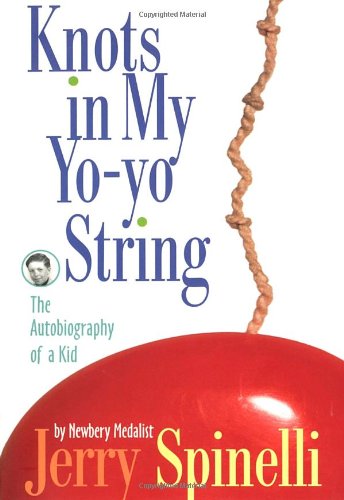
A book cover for Knots in My Yo-Yo String; Jerry Spinelli; Children's Books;